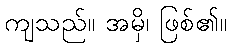
ကျသည်။ အမှိ၊ ဖြစ်၏။